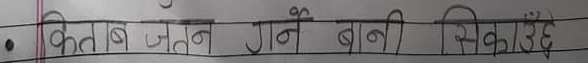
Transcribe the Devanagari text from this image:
किताब जतन गर्ने बानी सिकाउँदै